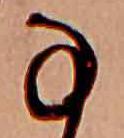
な